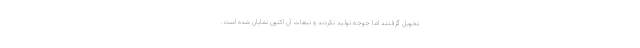
تحویل گرفتند اما جوجه تولید نکردند و تبعات آن اکنون نمایان شده است.